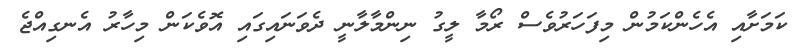
ކަމަށާއި އެހެންކަމުން މިފަހަރުވެސް ރޯމާ ލީގު ނިންމާލާނީ ދެވަނައިގައި އޮވެކަން މިހާރު އެނގިއްޖެ